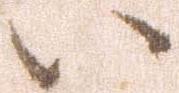
い